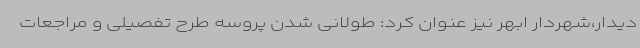
دیدار،شهردار ابهر نیز عنوان کرد: طولانی شدن پروسه طرح تفصیلی و مراجعات